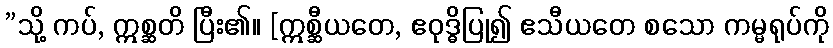
”သို့ ကပ်, ဣစ္ဆတိ ပြီး၏။ [ဣစ္ဆီယတေ, ဧဝုဒ္ဓိပြု၍ ဧသီယတေ စသော ကမ္မရုပ်ကို